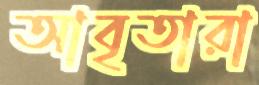
আবৃতারা